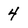
Character: 4